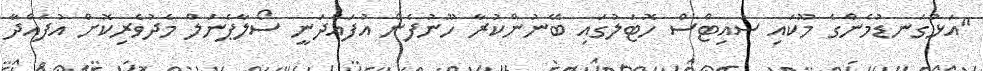
"އަޅުގަނޑުމެންގެ މޫކައި ސުއިޓްސް ހޮޓަލުގައި ބޭނުންކުރާ ހޫނުފެން އުފައްދަނީ ސޯލާޕެނަލް މެދުވެރިކޮށް އުފައްދާ